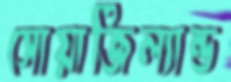
সোয়াজিল্যান্ড